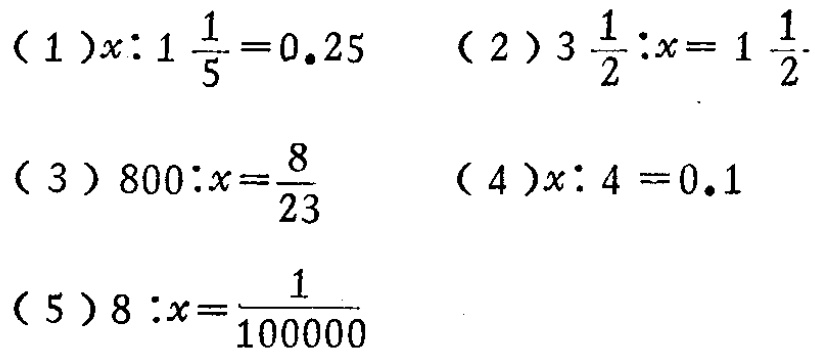
(1)$x:1\frac{1}{5}=0.25$  (2)$3\frac{1}{2}:x = 1\frac{1}{2}$

(3)$800:x=\frac{8}{23}$  (4)$x:4 = 0.1$

(5)$8:x=\frac{1}{100000}$